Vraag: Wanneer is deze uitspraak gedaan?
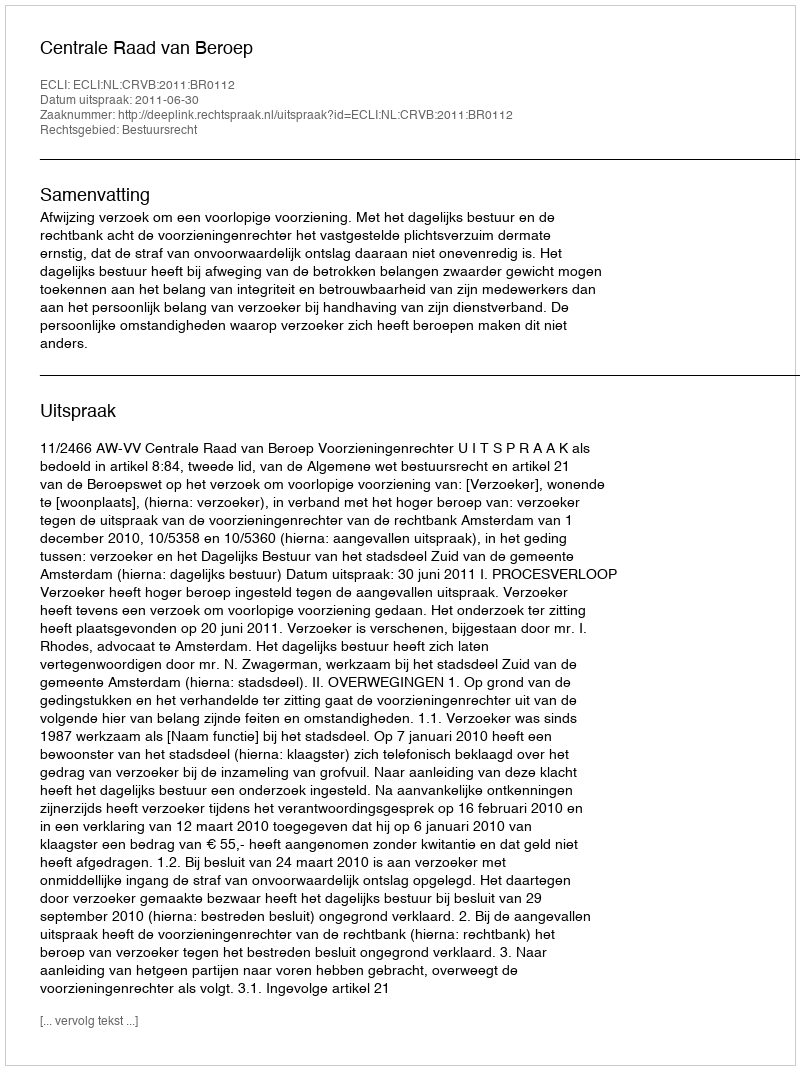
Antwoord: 2011-06-30